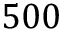
5 0 0